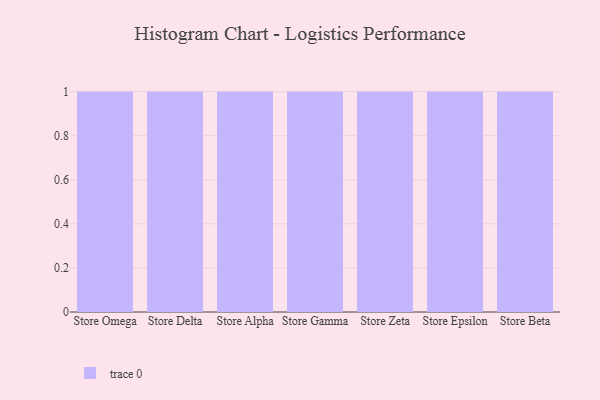
{"axis": {"x": "Store", "y": "Satisfaction Score"}, "legend": [""], "data": [{"x": "Store Omega", "y": 58, "type": ""}, {"x": "Store Delta", "y": 95, "type": ""}, {"x": "Store Alpha", "y": 17, "type": ""}, {"x": "Store Gamma", "y": 19, "type": ""}, {"x": "Store Zeta", "y": 89, "type": ""}, {"x": "Store Epsilon", "y": 60, "type": ""}, {"x": "Store Beta", "y": 84, "type": ""}]}